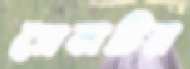
প্রেসটির